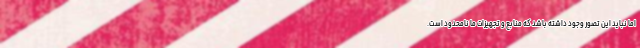
اما نباید این تصور وجود داشته باشد که منابع و تجهیزات ما نامحدود است.